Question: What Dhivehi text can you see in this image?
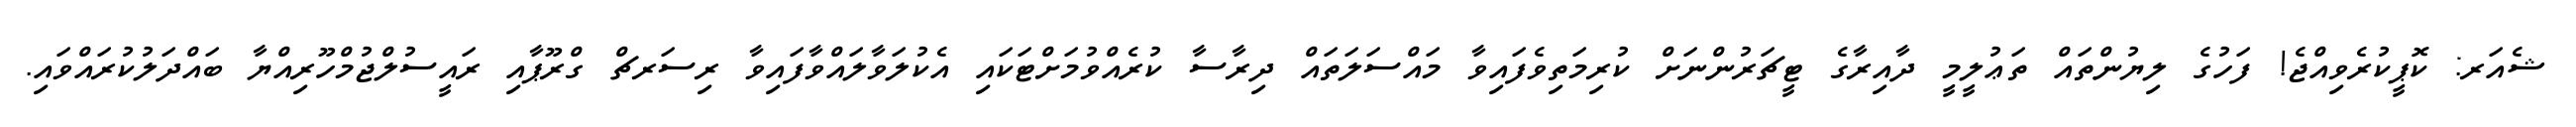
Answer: ޝެއަރ: ކޮޕީކުރެވިއްޖެ! ފަހުގެ ލިޔުންތައް ތަޢުލީމީ ދާއިރާގެ ޓީޗަރުންނަށް ކުރިމަތިވެފައިވާ މައްސަލަތައް ދިރާސާ ކުރެއްވުމަށްޓަކައި އެކުލަވާލައްވާފައިވާ ރިސަރޗް ގްރޫޕާއި ރައީސުލްޖުމްހޫރިއްޔާ ބައްދަލުކުރައްވައި.